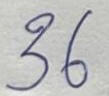
36